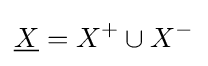
{\underline {X}}=X^{+}\cup X^{-}